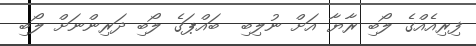
ފިރިއެއްގެ ލޯބި ރާޔާ އަށް ނުލިބި  ބައްޕަގެ ލޯބި ދަރިންނަށް ލޯބި